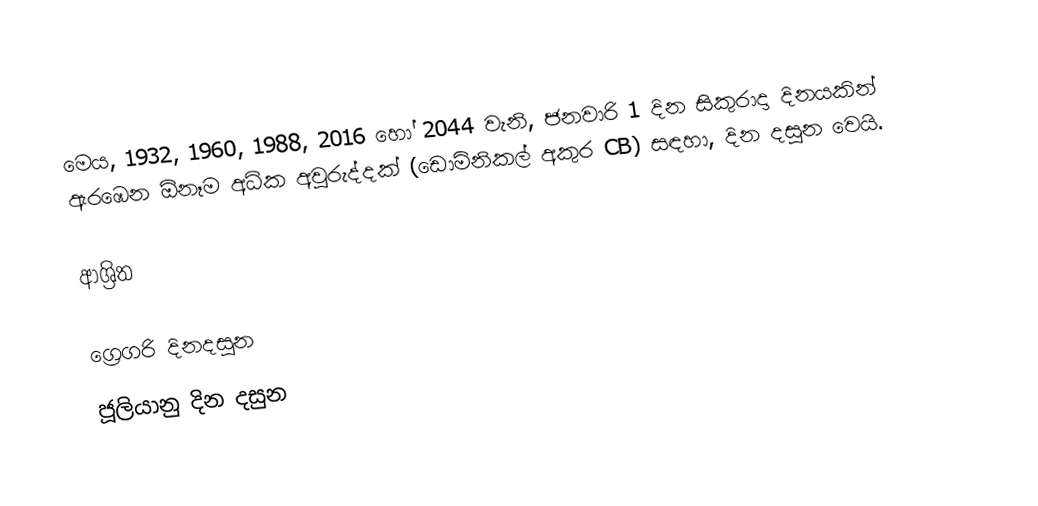
මෙය, 1932, 1960, 1988, 2016 හෝ 2044 වැනි, ජනවාරි 1 දින සිකුරාදා දිනයකින් ඇරඹෙන ඕනෑම  අධික අවුරුද්දක්  (ඩොමිනිකල් අකුර CB) සඳහා,  දින දසුන වෙයි.

ආශ්‍රිත

ග්‍රෙගරි දිනදසුන
ජූලියානු දින දසුන